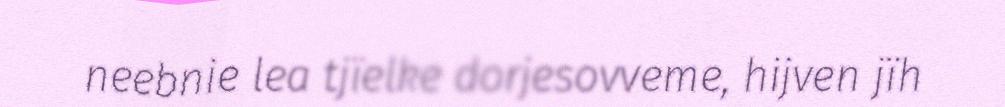
neebnie lea tjïelke dorjesovveme, hijven jïh